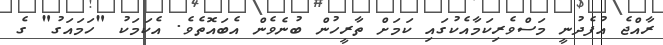
ރާއްޖެ އުފެދުނީ މަސްވެރިކަމާއެކުގައި ކަމަށް ތާރީހުން ބުނެވެން އެބައޮތެވެ. އެކަމަކު "ހަމައަގު" ގެ